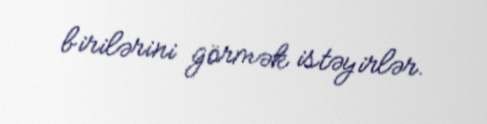
birilərini görmək istəyirlər.